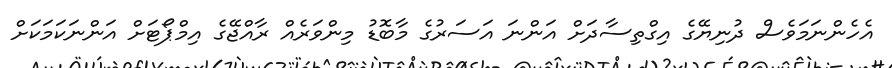
އެހެންނަމަވެސް ދުނިޔޭގެ އިގްތިސާދަށް އަންނަ އަސަރުގެ މާބޮޑު މިންވަރެއް ރާއްޖޭގެ އިމްޕޯޓަށް އަންނަކަމަކަށް